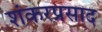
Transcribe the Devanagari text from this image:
शंकरप्रसाद